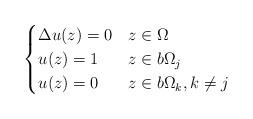
LaTeX: \begin{align*}\begin{cases} \Delta u(z) = 0 & z \in \Omega \\ u(z) = 1 & z \in b\Omega_j \\ u(z) = 0 & z \in b\Omega_k, k \neq j\end{cases}\end{align*}